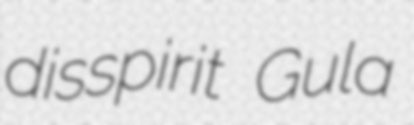
disspirit Gula